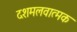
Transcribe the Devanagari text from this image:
दशमलवात्मक